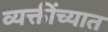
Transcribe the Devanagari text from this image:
व्यक्तींच्यात